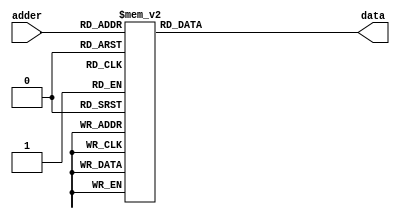
`timescale 1ns / 1ps
//////////////////////////////////////////////////////////////////////////////////
// Company: 
// Engineer: 
// 
// Design Name: 
// Module Name:    rom_data 
// Project Name: 
// Target Devices: 
// Tool versions: 
// Description: 
//
// Dependencies: 
//
// Revision: 
// Revision 0.01 - File Created
// Additional Comments: 
//
//////////////////////////////////////////////////////////////////////////////////
module rom_data (
    adder    ,
    
    //,dout
    data    );

    //
    

    //
    input [5:0]          adder  ;
  

    //
    output[1439:0]         data   ;

    //reg
    reg   [1439:0]         data   ;

   

    //
    always@(*)begin
        
        case(adder)
							
	6'd	1		  :    data=1440'h00080000000000C000000020000000000000000000000004000000000000000000000000000000000000000000000000000000000000000000000000000000000000100000000000000000000060000000000040000000400000;
	6'd	2		  :    data=1440'h001C1800000000700000003800000000060100000080400E0000000100000000000000000000000000000000000000000000000000000000000000000000000000001C0000200020000000000030000000000070000000300000;
	6'd	3		  :    data=1440'h001C0E000000003800000038000030000380C0000060700F0000000080000000000000000000000000000000000000000000000000000000000000000000000000003C000038003000006000001C000000060060000000380000;
	6'd	4		  :    data=1440'h00180E000000003C00000031FFFFF8000300C0000070380C00080C00C0000000000000000000000000000000000000000000000000000000000000000000000000003C00003000180000F000001C00001FFF00F00000001C0000;
	6'd	5		  :    data=1440'h003006000000001C00000030006000000300C0600038381C000FFE00E00000000000000000000600000000000000000000000000000000000000000000000000000033000030001C2107F800000E0000000C00D00002001C0000;
	6'd	6		  :    data=1440'h00300400C000001C00000830006000000300C0F0001C1C18000C0C4060000000000000006000FE00006000000000000000000000000000000000000000000000000071C00030000871FC0000000C0000000C01C8000200080060;
	6'd	7		  :    data=1440'h007FFFFFE000001800000E300060001FFFFFFFF8001C1C30000C18404060000007F0FC00F000060000F00000000000000000000000000003F8001F807FF8000FC40060F000300FFFF9C00002000C0030000C01880003FFFFFFF0;
	6'd	8		  :    data=1440'h00E00C000002000000600E30006000000300C000001C1820000C187FFFF0000001C03000F000060000F000000000000000000000000000060F003040180600303C00E0380030000080C00003FFFFFFF8000C030C000200000060;
	6'd	9		  :    data=1440'h00E00C000003FFFFFFF00E30006000000300C00002080060000C10C00060000000C0300060000600006000000000000000000000000000080380C030180300601C00C01C30300101C0C000020000007C030C03060006000000C0;
	6'd	10		  :    data=1440'h01E00C000002000000780E30006000000300C00002000040300C30C000C0000000E02000000006000000000000000000000000000000001803808010180180C00C01801C38300181C0C0000600000060070C0606000E00000080;
	6'd	11		  :    data=1440'h03600C030006000000C00630C06030000300C00007FFFFFFF80C21C000800000006060000000060000000000000000000000000000000030018180181800C1800401800C303000C180C000060C0400C0060C0C03000E00000500;
	6'd	12		  :    data=1440'h067FFFFF8006000001800630FFFFF8010000000006000000780C218000000000007040000000060000000000000000000000000000000030008300081800C18006030000303000E300C0000E07070080060C0C01800000000E00;
	6'd	13		  :    data=1440'h0C600C00000E000001000630C0603000C000020006000000600C4000060000000030C00000000600000000000000000000000000000000300083000C1800C30002020000303000E300C0001E0387810006181801E001FFFFFF00;
	6'd	14		  :    data=1440'h08600C00000C000002000630C0603000702007000E000000C00C403FFF0000000038800000000600000000000000000000000000000000300003000C1800C300000700603030004200C010000387000006183002F80000700000;
	6'd	15		  :    data=1440'h30600C030000000000C00630C0603000313FFF800E000000800C400000000000001980002000060000200000000000000000000000000038000200041800C300000DFFF03030004418C0380001C70000061820037C0000C04000;
	6'd	16		  :    data=1440'h007FFFFF8000000001E00630C0603000323003001E000019000C200000000000001D000FE00006000FE00087C03F9F80000000000000001C000600061800C6000019806030303FFFFCFFFC000187000006185FFFB00001803000;
	6'd	17		  :    data=1440'h00600C00000FFFFFFFF00630C060300002300300007FFFFC000C100000000000000F00006000060000600798700E0600000000000000001E0006000618018600001180603030000C00C18000C087000006198000000007001C00;
	6'd	18		  :    data=1440'h00600C000000001800000630C0603018043003000000003E000C180000400000000E000060000600006001E03006040000000000000000078006000618030600002180E03030000C00C18000700700000C1A000000000C000E00;
	6'd	19		  :    data=1440'h00600C008000001800000630C060300E0430030000000060000C0C0000E000000006000060000600006001C018070C0000007FFFE0000001F0060006180E0600000180E03030000C00C18000380600000C1F8000000038000F00;
	6'd	20		  :    data=1440'h00600C01C000001800000630C06030070430070000000180000C0CFFFFF000000006000060000600006001801803880000000000000000007C0600061FF80600000180E03030000C00C180003C0600001FFF81008000FFFFFF00;
	6'd	21		  :    data=1440'h007FFFFFE000001800000630C06030038830070000000300000C0606300000000007000060000600006001801801900000000000000000001E06000618000600000180E03030000C31C180001C0600000C030080E0007FF00300;
	6'd	22		  :    data=1440'h006010000000001800000630C06030010830070000001C00000C060630000000000F000060000600006001801801F00000000000000000000706000618000600000180C030300FFFF9C180001C060000000320C0E00070000300;
	6'd	23		  :    data=1440'h00601C000000001800000E30C06030001030060000001C00600C060630000000000B800060000600006001801800E00000000000000000000386000618000600000180C03030000C01818000080E0020000310C0C00000100000;
	6'd	24		  :    data=1440'h000018001000001800000E70C06030001030060000001C00F00C0606300000000019800060000600006001801800E000000000000000000001C6000618000600000191C03030000C01818000080E007000031861C000001C0000;
	6'd	25		  :    data=1440'h000018003800001800000E60C0603000303006001FFFFFFFF80C0E06300000000011C00060000600006001801800F000000000000000000000C200041800060000018FC03030010D0181801FFFFFFFF800031861800000180000;
	6'd	26		  :    data=1440'h3FFFFFFFFC00001800000860C06030006030FE0000001C00000CFC0E300000000030C00060000600006001801800B000000000000000002000C3000C1800030000018384003003CC81818000000C000000FE1C71800000180000;
	6'd	27		  :    data=1440'h0000FA000000001800000060C060700860303E1000001C00000C3C0C301000000020E000600006000060018018013800000000000000002000C3000C18000300020183040030038CE1818000001C00007F860C71000000180600;
	6'd	28		  :    data=1440'h0001D90000000018000000C0C063E007E0301C1000001C00000C300C301000000060E000600006000060018018031800000000000000003000C1000C18000300040180040030030C73018000001C00003C060C730000FFFFFF00;
	6'd	29		  :    data=1440'h000398C000000018000000C0C060E001C030001000001C00000C001C3010000000407000600006000060018018020C00000000000000001000C1801818000180040180040030060C33018000003B800010060C73000000180000;
	6'd	30		  :    data=1440'h0006186000000018000001800060C000C030003000001C00000C00183010000000C07000600006000060018018040E0000000000000000180180801018000180080180040030060C330180000070F00000060C02000000180000;
	6'd	31		  :    data=1440'h001C1830000000180000018000600000C030003000001C00000C003830100000008030006000060000600180180C0600000000000000001C01004030180000C01001800600300C0C3601800000E03C0000060C06000000180000;
	6'd	32		  :    data=1440'h0038181C000000180000030000600000C030003800001C00000C007030100000018038006000060000600180181C0700000000000000001F060030C0180000306001800E0030080C0C01800001C01F00000C0004000000180000;
	6'd	33		  :    data=1440'h00E0180F800000380000060000600000C03FFFF800001C00000C00E03838000007E0FE0FFF00FFF00FFF07E07E7E1FC00000000000000010FC001F80FF00000FC001FFFE1FF0101C08018000038007C0079C0004100000180030;
	6'd	34		  :    data=1440'h01801803FC000FF80000040000600000C01FFFF00007FC00000C01801FF8000000000000000000000000000000000000000000000000000000000000000000000000FFFC07F021FC180180000E0003C000FC0008380000180078;
	6'd	35		  :    data=1440'h06001800F80001F80000080000600000C00000000000F800000C03001FF0000000000000000000000000000000000000000000000000000000000000000000000000000001E0007830018000380001C00078FFFFFC1FFFFFFFFC;
	6'd	36		  :    data=1440'h38001800300000700000100000600000C000000000007000000C0C00000000000000000000000000000000000000000000000000000000000000000000000000000000000080003040038003C00000C000200000000000000000;
	6'd	37		  :    data=1440'h0000100000000040000020000040000000000000000020000008000000000000000000000000000000000000000000000000000000000000000000000000000000000000000000008003001C0000000000000000000000000000;
	6'd	38		  :    data=1440'h000000000000000000000000000000000000000000000000000000000000000000000000000000000000000000000000000000000000000000000000000000000000000000000000000000000000000000000000000000000000;
	6'd	39		  :    data=1440'h000000000000000000000000000000000000000000000000000000000000000000000000000000000000000000000000000000000000000000000000000000000000000000000000000000000000000000000000000000000000;
	6'd	40		  :    data=1440'h000000000000000000000000000000000000000000000000000000000000000000000000000000000000000000000000000000000000000000000000000000000000000000000000000000000000000000000000000000000000;
	6'd	41		  :    data=1440'h000000000000000000000000000000000000000000000000000000000000000000000000000000000000000000000000000000000000000000000000000000000000000000000000000000000000000000000000000000000000;
default:   data=1440'h000000000000000000000000000000000000000000000000000000000000000000000000000000000000000000000000000000000000000000000000000000000000000000000000000000000000000000000000000000000000;

      endcase
    
   end
   endmodule